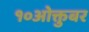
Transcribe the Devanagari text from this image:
१०ओक्तुबर